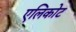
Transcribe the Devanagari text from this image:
एलिकोट